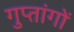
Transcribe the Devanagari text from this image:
गुप्‍तांगों